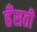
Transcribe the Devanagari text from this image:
हँसती